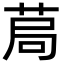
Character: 𦯃